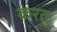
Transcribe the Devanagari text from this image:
करतु